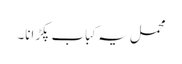
محمل یہ کباب پکڑانا۔